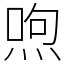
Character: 喣